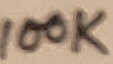
Text: 100K